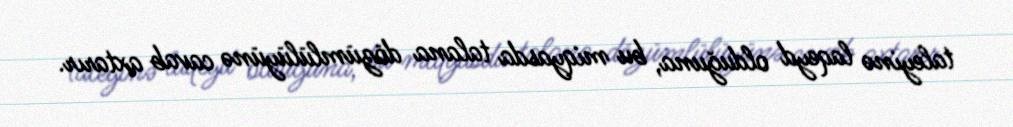
taleyinə laqeyd olduğuna, bu miqyasda talana dözümlülüyünə cavab axtarır.